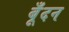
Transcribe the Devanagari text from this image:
बूँदन